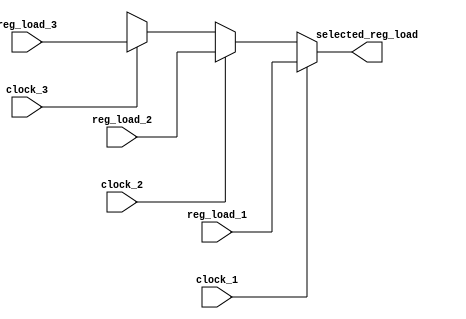
module alu_result_selector(clock_1, clock_2, clock_3, reg_load_1, reg_load_2, reg_load_3, selected_reg_load);
input clock_1;
input clock_2;
input clock_3;
input [3:0]reg_load_1;
input [3:0]reg_load_2;
input [3:0]reg_load_3;
output [3:0]selected_reg_load;

assign selected_reg_load = select(clock_1, clock_2, clock_3, reg_load_1, reg_load_2, reg_load_3);

function [3:0]select;
input clock_1;
input clock_2;
input clock_3;
input [3:0]reg_load_1;
input [3:0]reg_load_2;
input [3:0]reg_load_3;
if (clock_1 == 1'b1) begin
	select = reg_load_1;
end
else if (clock_2 == 1'b1) begin
	select = reg_load_2;
end
else if (clock_3 == 1'b1) begin
	select = reg_load_3;
end

endfunction

endmodule